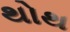
થોથ